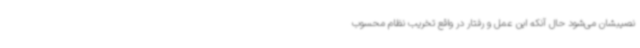
نصیبشان می‌شود حال آنکه این عمل و رفتار در واقع تخریب نظام محسوب